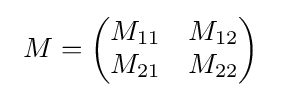
\ M={\begin{pmatrix}M_{11}&M_{12}\\M_{21}&M_{22}\\\end{pmatrix}}\